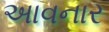
અાવનાર